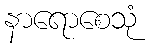
နာရောစေသုံ